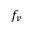
f _ { v }